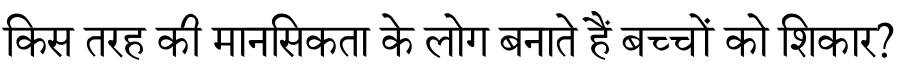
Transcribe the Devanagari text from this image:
किस तरह की मानसिकता के लोग बनाते हैं बच्चों को शिकार?